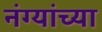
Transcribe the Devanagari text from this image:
नंग्यांच्या